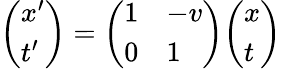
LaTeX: {\left(\begin{array}{l}{x^{\prime}}\\ {t^{\prime}}\end{array}\right)}={\left(\begin{array}{ll}{1}&{-v}\\ {0}&{1}\end{array}\right)}{\left(\begin{array}{l}{x}\\ {t}\end{array}\right)}